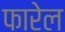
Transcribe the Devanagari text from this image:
फारेल